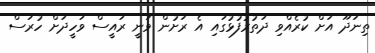
ތިނަދޫ އަށް ކުރެއްވި ދަތުރުފުޅުގައި އެ ރަށުން ވަނީ ރައީސް ވަހީދަށް ހުރަސް